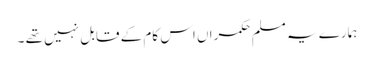
ہمارے یہ مسلم حکمراں اس کام کے قابل نہیں تھے ۔